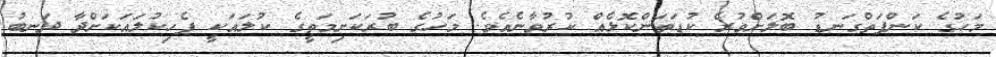
މަހުގެ ކަންފަތްގަނޑު ބޮލަށްވުރެ ކުޑަތަންކޮޅެއް ކުރުވާނެއެވެ. މަހުގެ ބުރަކަށިމަތީގެ ކުލައަކީ ފެހިކުލައަކަށްދާ ދަނބު